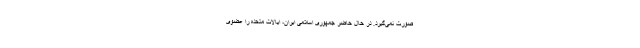
صورت نمی‌گیرد. در حال حاضر جمهوری اسلامی ایران، ایالات متحده را عضوی